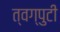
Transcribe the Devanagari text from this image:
त्वग्पुटी